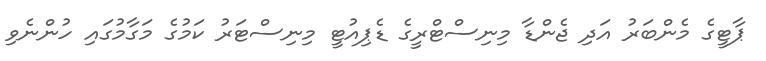
ޕާޓީގެ މެންބަރު އަދި ޖެންޑާ މިނިސްޓްރީގެ ޑެޕިއުޓީ މިނިސްޓަރު ކަމުގެ މަގާމުގައި ހުންނެވި